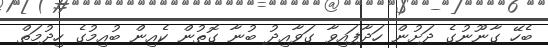
ބެހޭ ގާނޫނުގެ ދަށުން ހަދާފައިވާ ގަވާއިދު ބުނާ ގޮތުން ކެއިން ބުއިމުގެ ހިދުމަތް